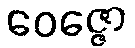
ဝေဇ္ဇော